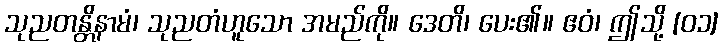
သုညတန္တိနာမံ၊ သုညတံဟူသော အမည်ကို။ ဒေတိ၊ ပေး၏။ ဧဝံ၊ ဤသို့ [၀၁]